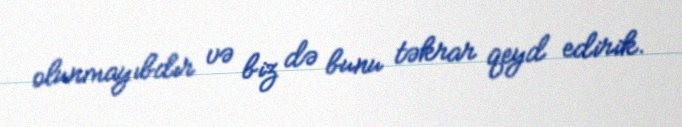
olunmayıbdır və biz də bunu təkrar qeyd edirik.